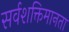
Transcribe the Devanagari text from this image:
सर्वशक्तिमानता